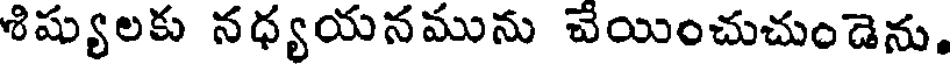
శిష్యులకు నధ్యయనమును చేయించుచుండెను.